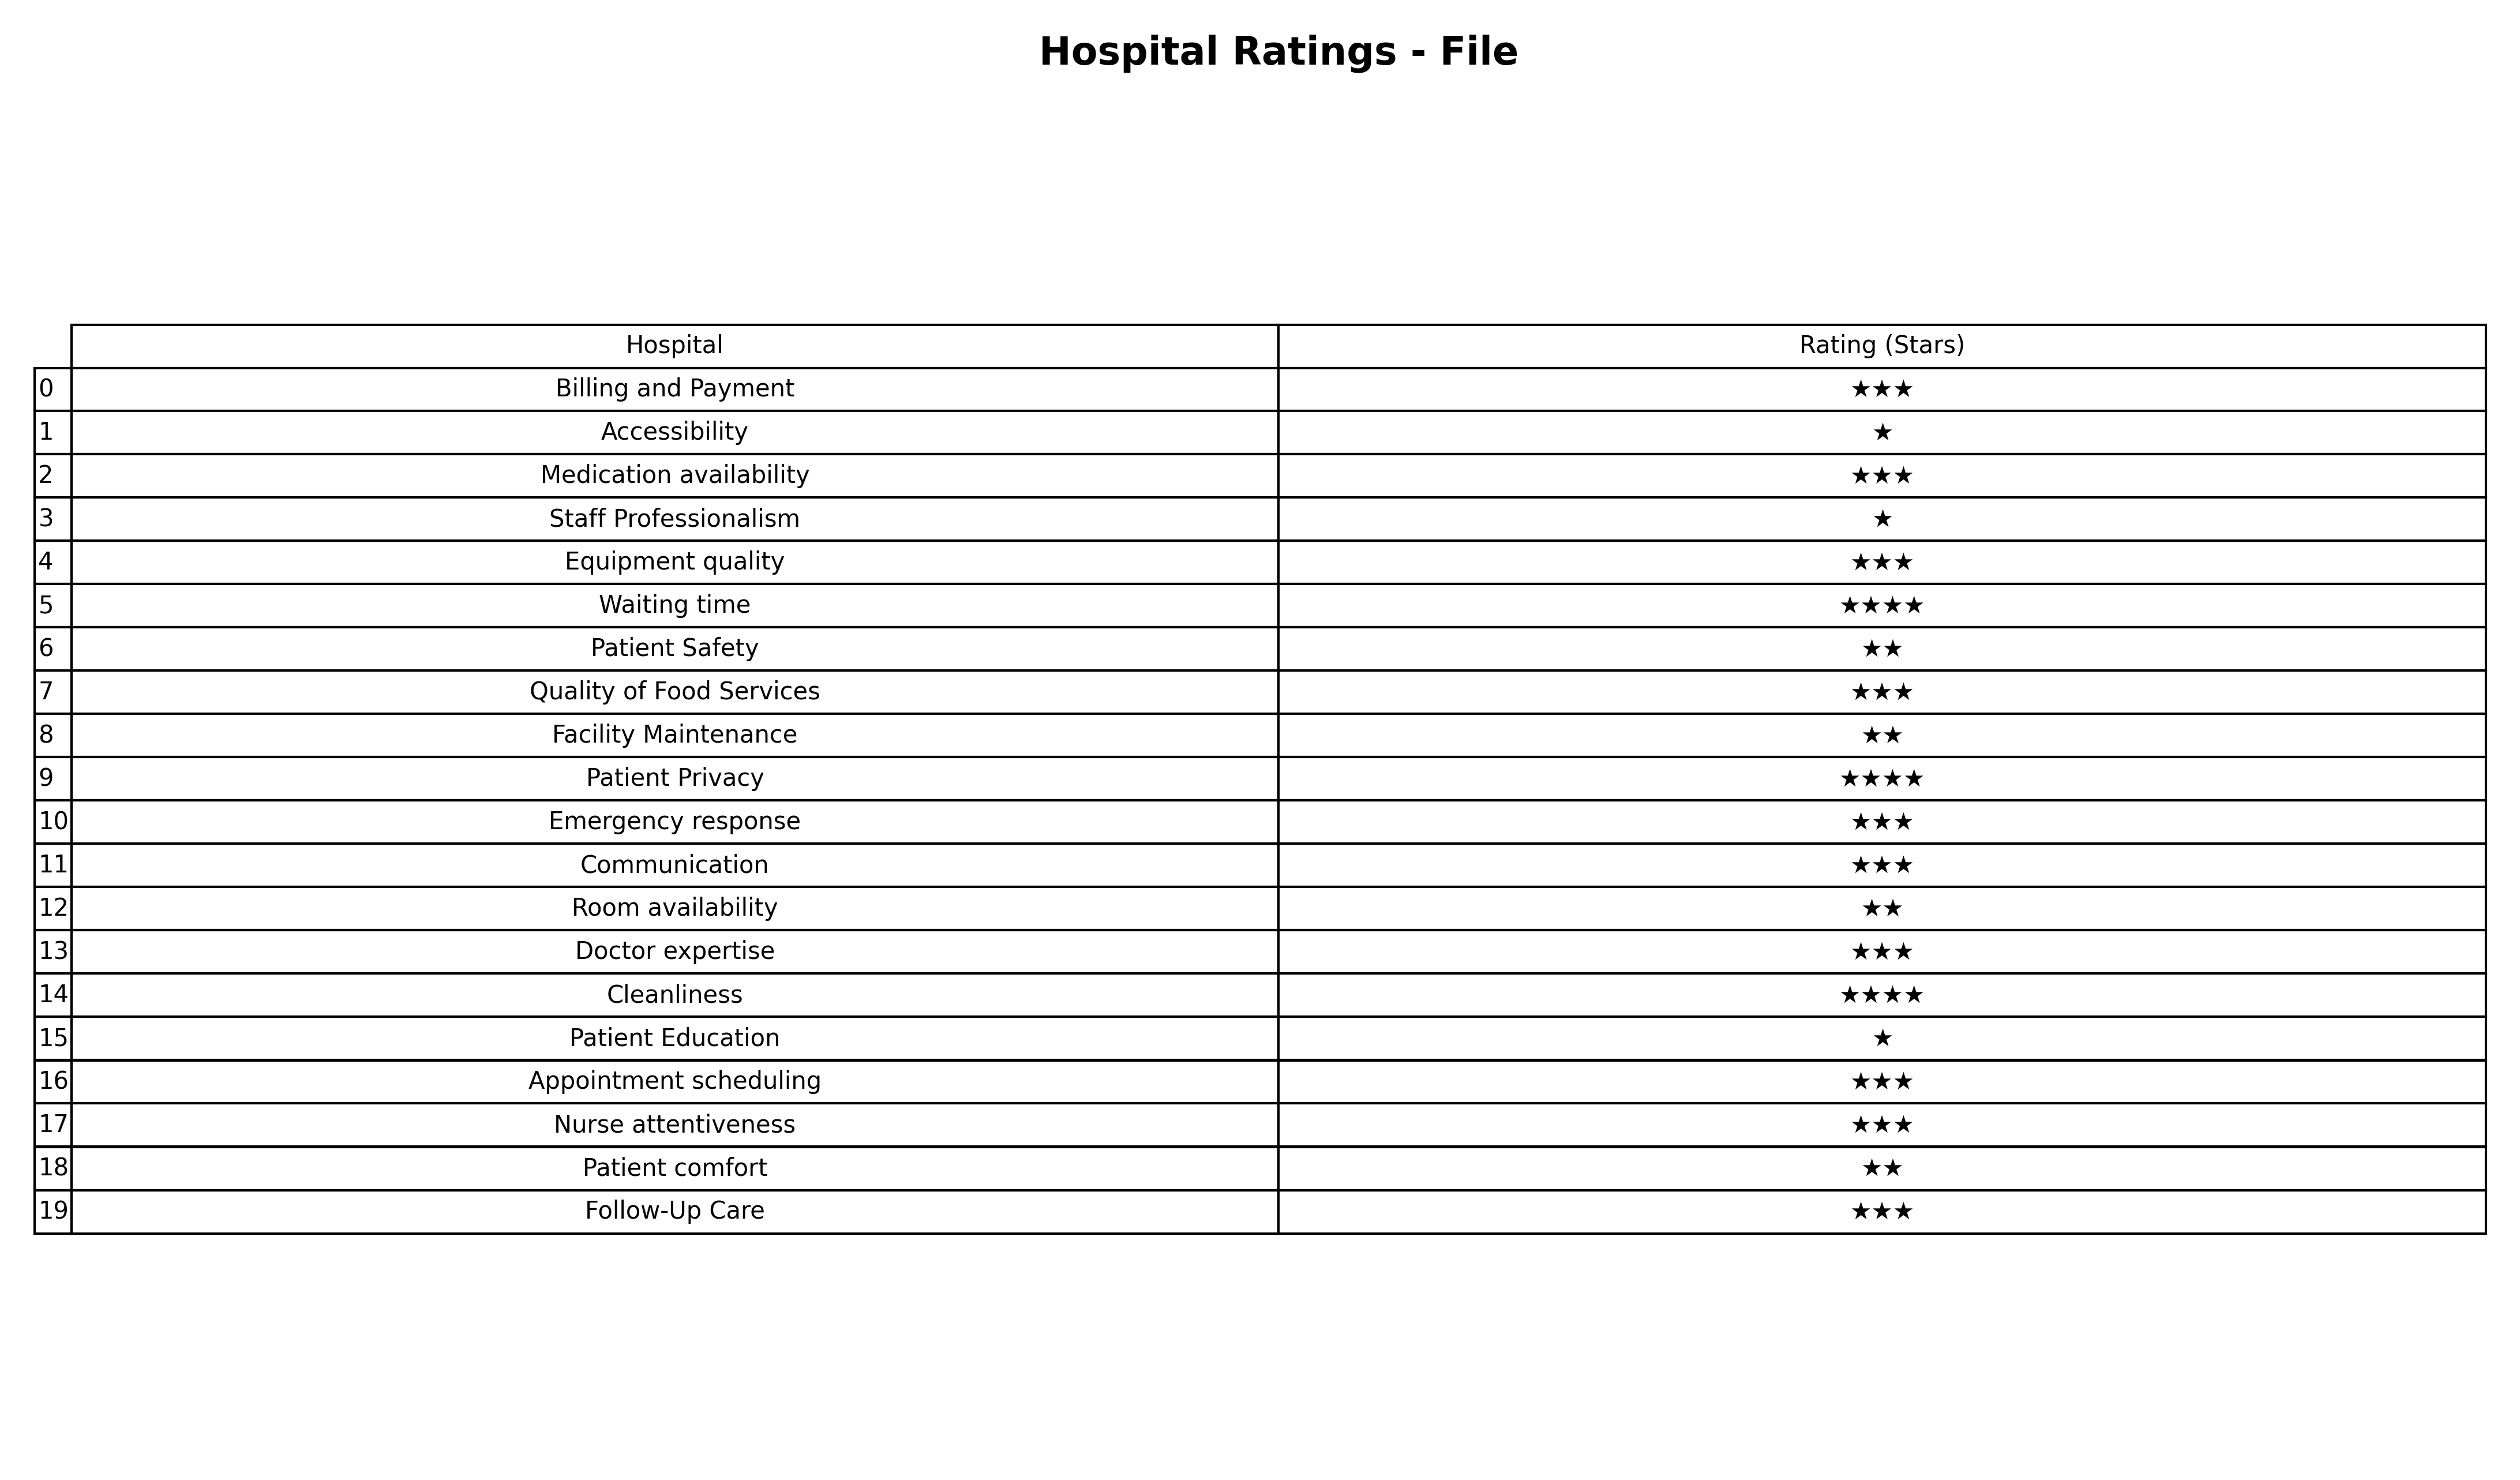
question: What are five star services?